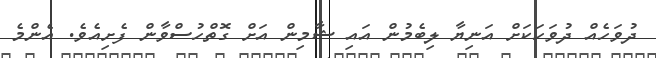
ދުވަހެއް ދުވަހަކަށް އަނިޔާ ލިބެމުން އައި ޝާމިން އަށް ގޮތްހުސްވާން ފެށިއެވެ. އެންމެ